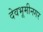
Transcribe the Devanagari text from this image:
देवभूमीनगर